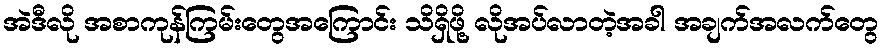
အဲဒီလို အစာကုန်ကြမ်းတွေအကြောင်း သိရှိဖို့ လိုအပ်လာတဲ့အခါ အချက်အလက်တွေ